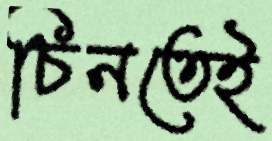
চিনতেই